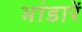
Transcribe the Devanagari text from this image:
भांडारें